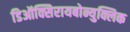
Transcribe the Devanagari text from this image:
डिऑक्सिरायबोन्युक्लिक